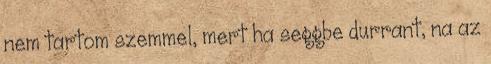
nem tartom szemmel, mert ha seggbe durrant, na az